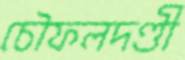
চৌফলদণ্ডী